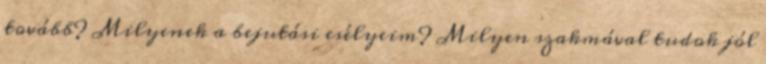
tovább? Milyenek a bejutási esélyeim? Milyen szakmával tudok jól